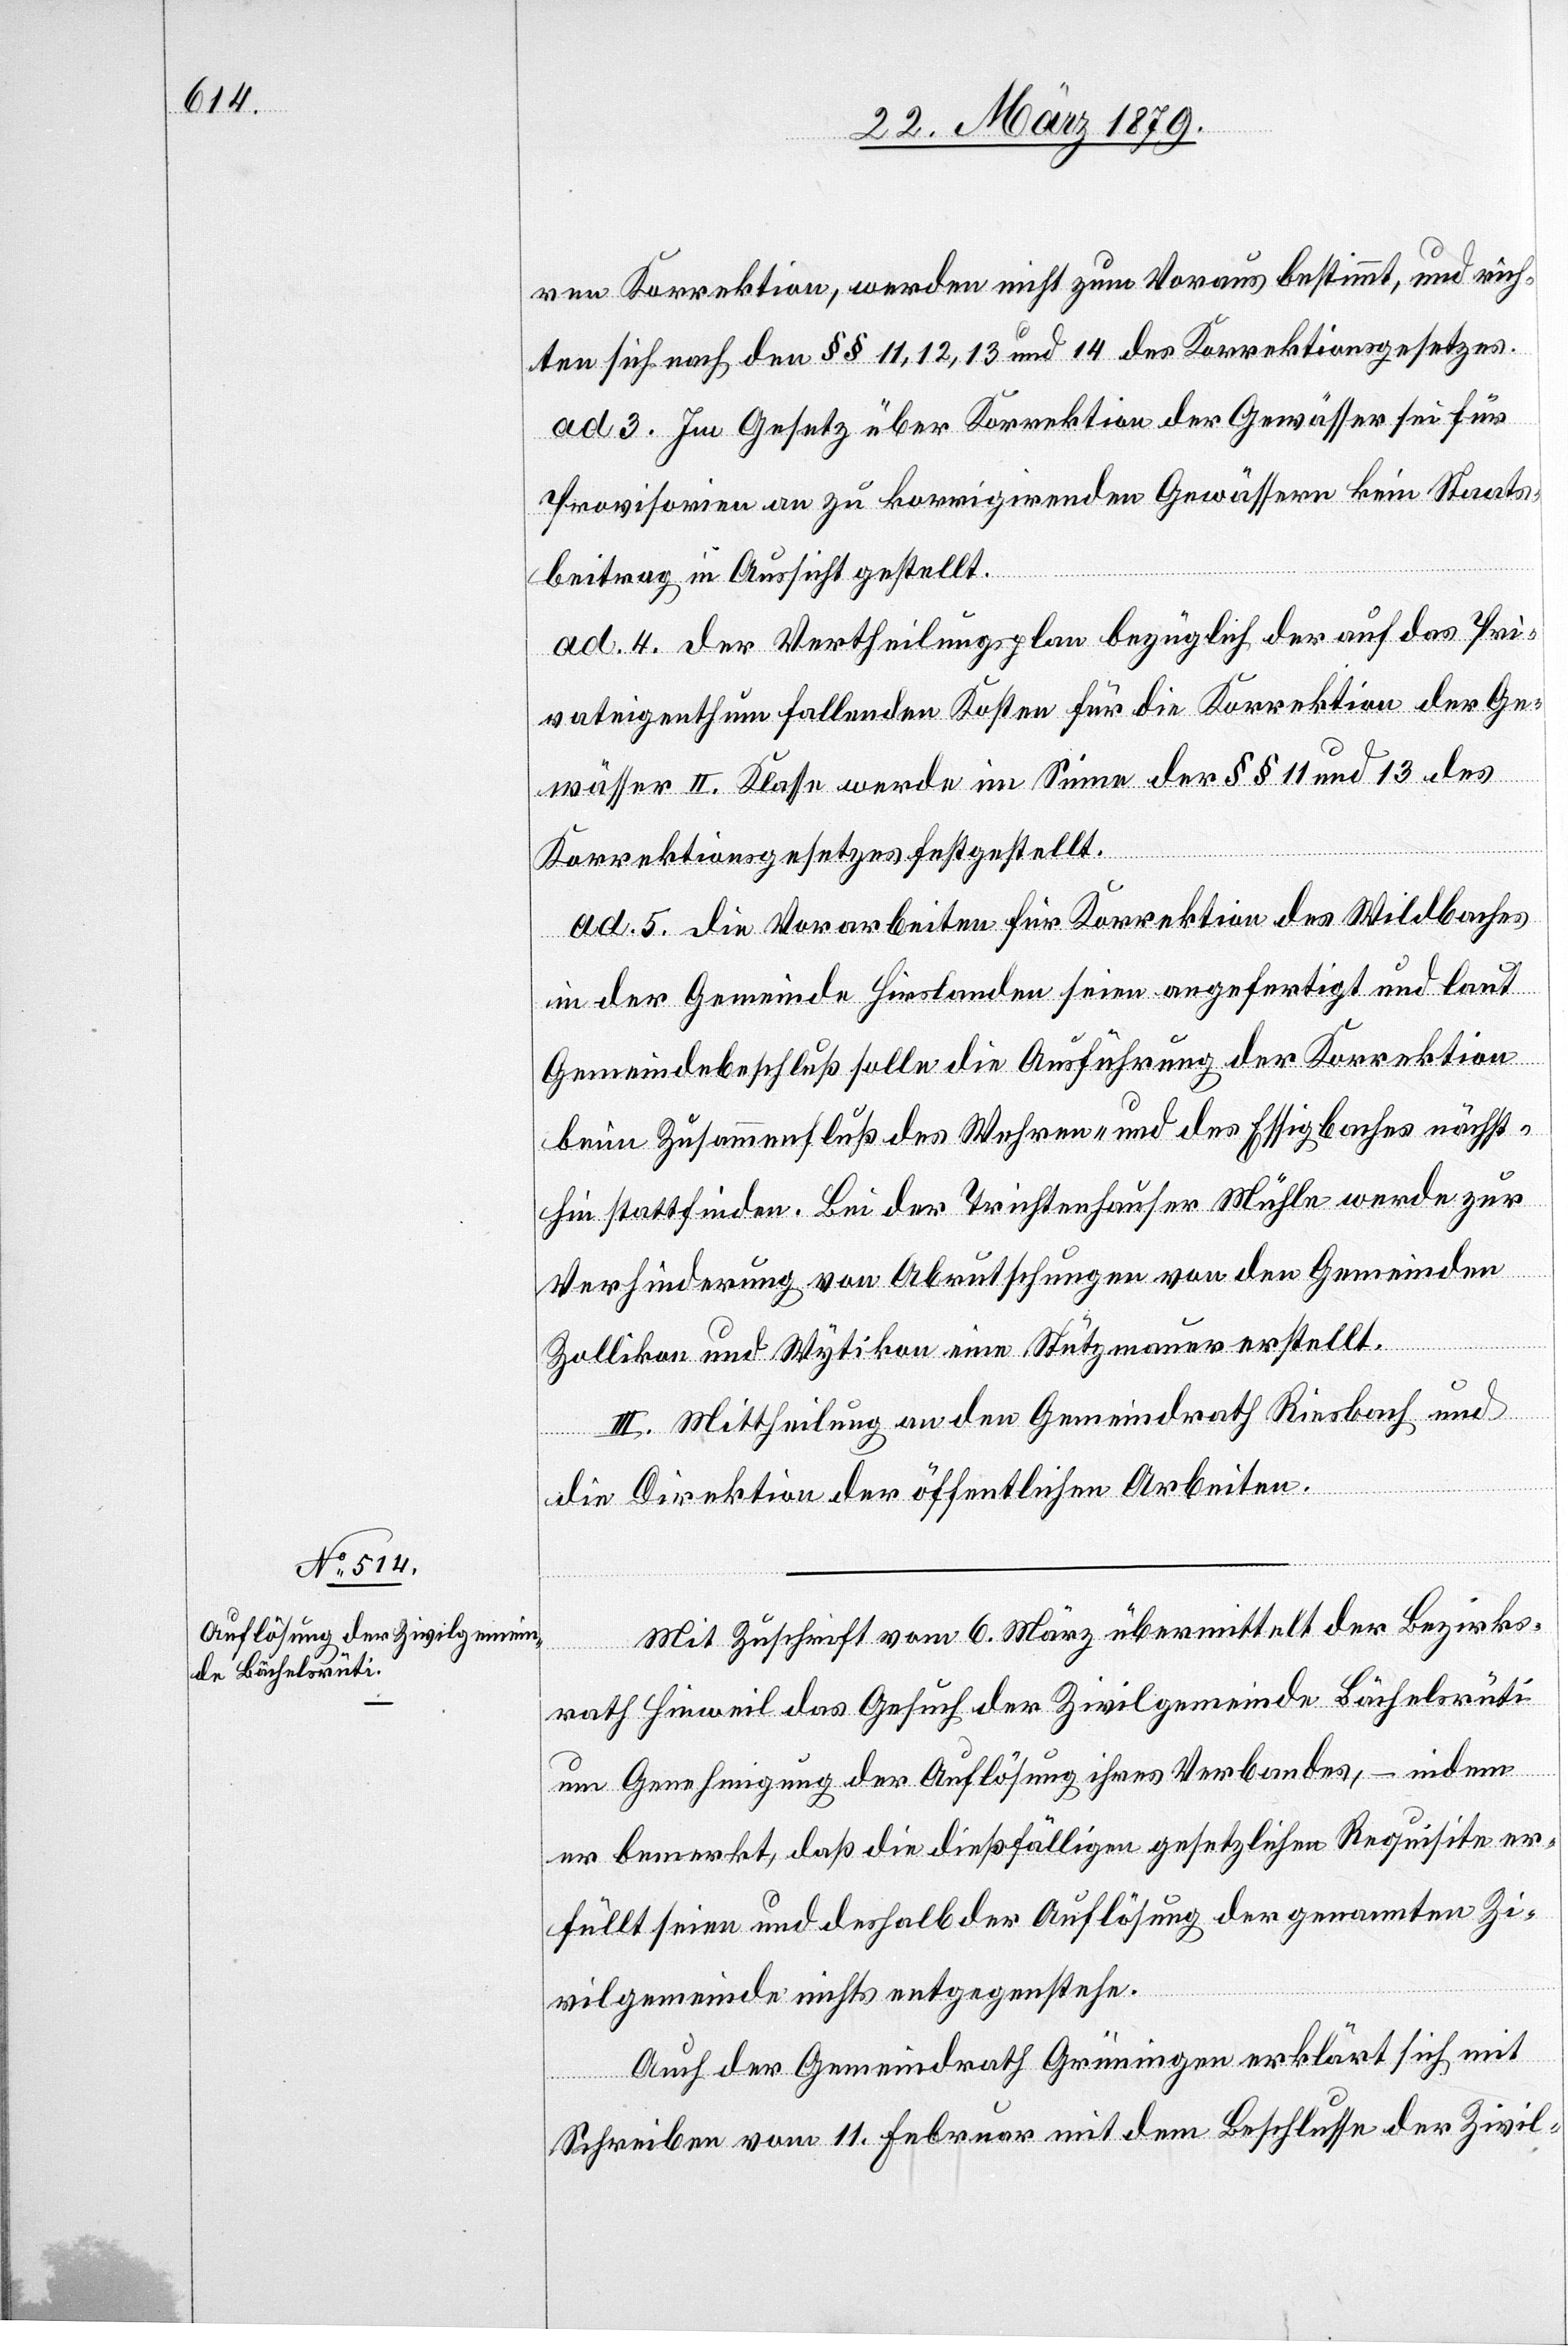
ren Korrektion, werden nicht zum Voraus bestimmt, und rich¬
ten sich nach den §§ 11, 12, 13 und 14 des Korrektionsgesetzes.
ad 3. Im Gesetz über Korrektion der Gewässer sei für
Provisorien an zu korrigirenden Gewässern kein Staats¬
beitrag in Aussicht gestellt.
ad 4. Der Vertheilungsplan bezüglich der auf das Pri¬
vateigenthum fallenden Kosten für die Korrektion der Ge¬
wässer II. Klasse werde im Sinne der §§ 11 und 13 des
Korrektionsgesetzes festgestellt.
ad 5. Die Vorarbeiten für Korrektion des Wildbaches
in der Gemeinde Hirslanden seien angefertigt und laut
Gemeindebeschluß solle die Ausführung der Korrektion
beim Zusammenfluß des Wehren- und des Essigbaches nächst¬
hin stattfinden. Bei der Trichtenhauser Mühle werde zur
Verhinderung von Abrutschungen von den Gemeinden
Zollikon und Wytikon eine Stützmauer erstellt.
III. Mittheilung an den Gemeindrath Riesbach und
die Direktion der öffentlichen Arbeiten.
Mit Zuschrift vom 6. März übermittelt der Bezirks¬
rath Hinweil das Gesuch der Zivilgemeinde Bächelsrüti
um Genehmigung der Auflösung ihres Verbandes, – indem
er bemerkt, daß die dießfälligen gesetzlichen Requisite er¬
füllt seien und deshalb der Auflösung der genannten Zi¬
vilgemeinde nichts entgegenstehe.
Auch der Gemeindrath Grüningen erklärt sich mit
Schreiben vom 11. Februar mit dem Beschlusse der Zivil-